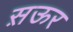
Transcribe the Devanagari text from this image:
स़ऊर